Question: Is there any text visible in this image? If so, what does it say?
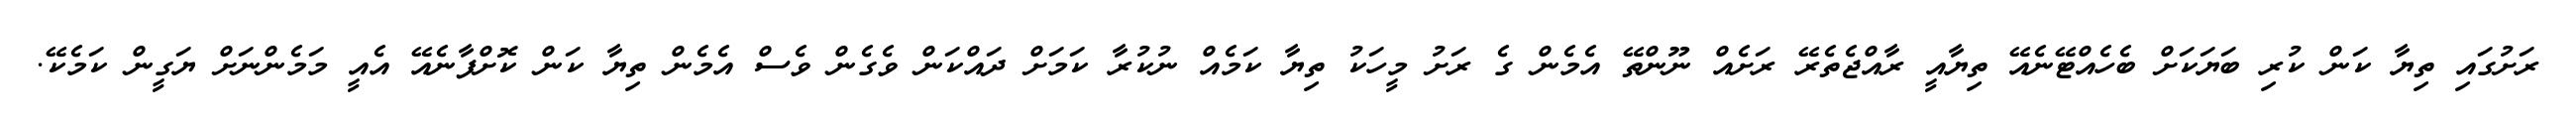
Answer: ރަށުގައި ތިޔާ ކަން ކުރި ބަޔަކަށް ބެހެއްޓޭނެއޭ ތިޔާއީ ރާއްޖެތެރޭ ރަށެއް ނޫންތޭ އެމެން ގެ ރަށު މީހަކު ތިޔާ ކަމެއް ނުކުރާ ކަމަށް ދައްކަން ވެގެން ވެސް އެމެން ތިޔާ ކަން ކޮށްފާނެއޭ އެއީ މަމެންނަށް ޔަގީން ކަމެކޭ.